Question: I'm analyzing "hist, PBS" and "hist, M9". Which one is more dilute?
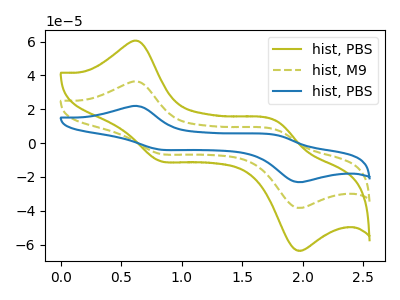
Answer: <think>The olive curve "hist, PBS" has anodic peaks at (0.65V, 60.30uA) (1.80V, 12.80uA) and cathodic peaks at (0.80V, -10.45uA) (1.95V, -63.15uA). The olive dashed curve "hist, M9" has anodic peaks at (0.65V, 36.35uA) (1.80V, 7.70uA) and cathodic peaks at (0.80V, -6.30uA) (1.95V, -38.05uA). The blue curve "hist, PBS" has anodic peaks at (0.65V, 72.65uA) (1.80V, 15.40uA) and cathodic peaks at (0.80V, -12.60uA) (1.95V, -76.10uA).
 All the peaks in "hist, PBS" have a peak in "hist, M9" at the same potential. Every peak in "hist, PBS" is higher than every peak in "hist, M9".</think>
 <answer>"hist, PBS" has more signal than "hist, M9" and so likely has a higher concentration.</answer>
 <eval>more_concentration</eval>